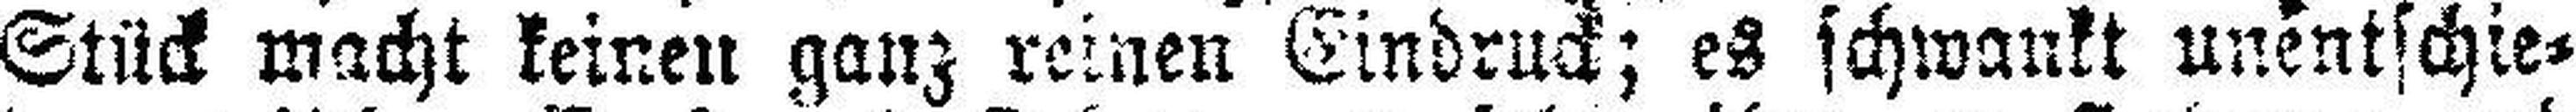
Stück macht keinen ganz reinen Eindruck; es schwankt unentschie¬